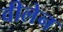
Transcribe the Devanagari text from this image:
वीलेन